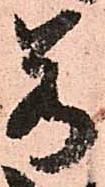
若